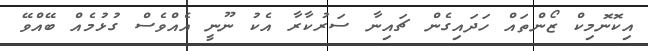
އިކޮނޮމިކް ޒޯންތައް ހަދައިގެން ޗައިނާ ސަރުކާރާ އެކު ނޫނީ އެއްވެސް ގުޅުމެއް ބޭއްވޭ